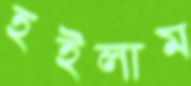
হইলাম